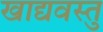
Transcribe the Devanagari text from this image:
खाद्यवस्तु